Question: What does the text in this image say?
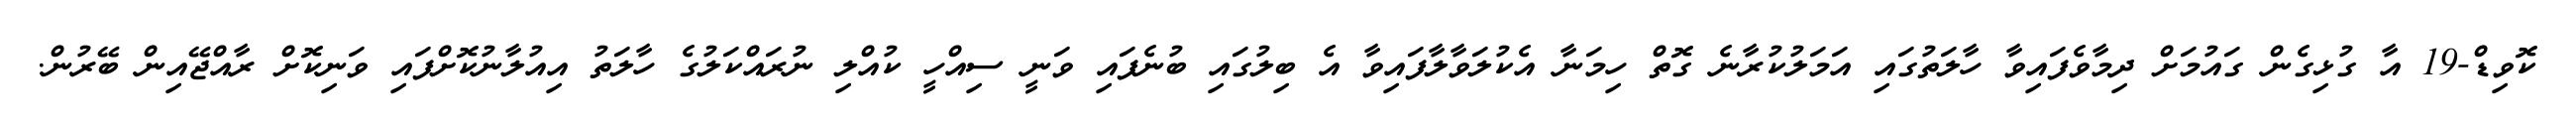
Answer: ކޮވިޑް-19 އާ ގުޅިގެން ގައުމަށް ދިމާވެފައިވާ ހާލަތުގައި އަމަލުކުރާނެ ގޮތް ހިމަނާ އެކުލަވާލާފައިވާ އެ ބިލުގައި ބުނެފައި ވަނީ ސިއްހީ ކުއްލި ނުރައްކަލުގެ ހާލަތު އިއުލާނުކޮށްފައި ވަނިކޮށް ރާއްޖޭއިން ބޭރުން.